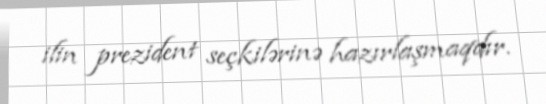
ilin prezident seçkilərinə hazırlaşmaqdır.